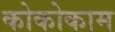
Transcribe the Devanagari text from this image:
कोकोकाम